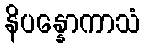
နိပန္နောကာသံ